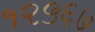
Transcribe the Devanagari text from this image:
१२५६७